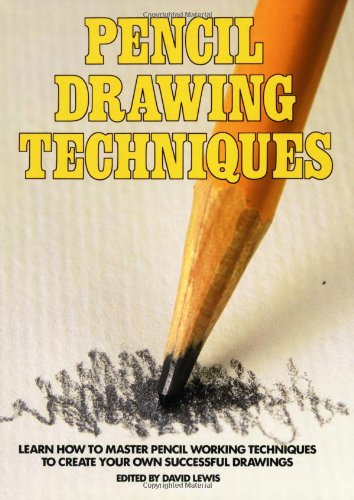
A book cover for Pencil Drawing Techniques; Arts & Photography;